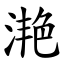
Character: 滟